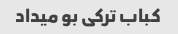
کباب ترکی بو میداد